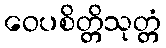
ဝေပစိတ္တိသုတ္တံ